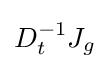
D_{t}^{-1}J_{g}